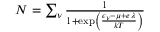
\begin{array} { r } { N = \sum _ { \nu } \frac { 1 } { 1 + \exp \left( \frac { \epsilon _ { \nu } - \mu + e \, \lambda } { k T } \right) } } \end{array}